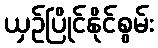
ယှဉ်ပြိုင်နိုင်စွမ်း